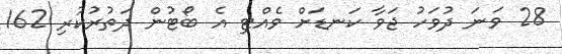
28 ވަނަ ދުވަހު ޖަވާ ކަނޑަށް ވެއްޓި އެ ބޯޓުން ދަތުރުކުރި 162